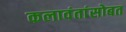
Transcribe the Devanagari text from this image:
कलावंतांसोबत